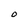
Character: O